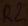
Text: R2